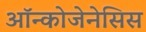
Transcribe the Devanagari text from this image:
ऑन्कोजेनेसिस